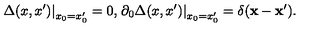
\left. \Delta ( x , x ^ { \prime } ) \right| _ { x _ { 0 } = x _ { 0 } ^ { \prime } } = 0 , \left. \partial _ { 0 } \Delta ( x , x ^ { \prime } ) \right| _ { x _ { 0 } = x _ { 0 } ^ { \prime } } = \delta ( { \bf x } - { \bf x } ^ { \prime } ) .